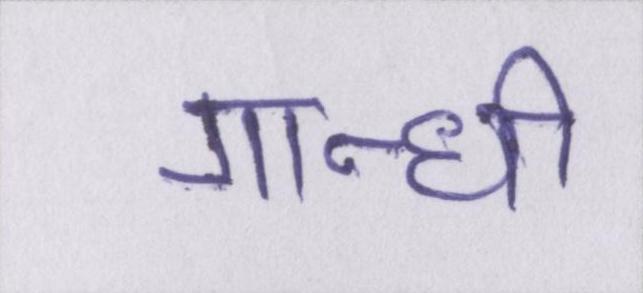
गान्धी